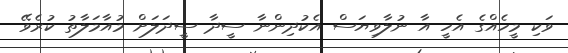
ވަކި މީހެއްގެ އެހީ އާ ނުލާވިޔަސް އެކުދިންނާ ސީދާ ސީދަލަށް މުއާމަލާތު ކުރެވޭ